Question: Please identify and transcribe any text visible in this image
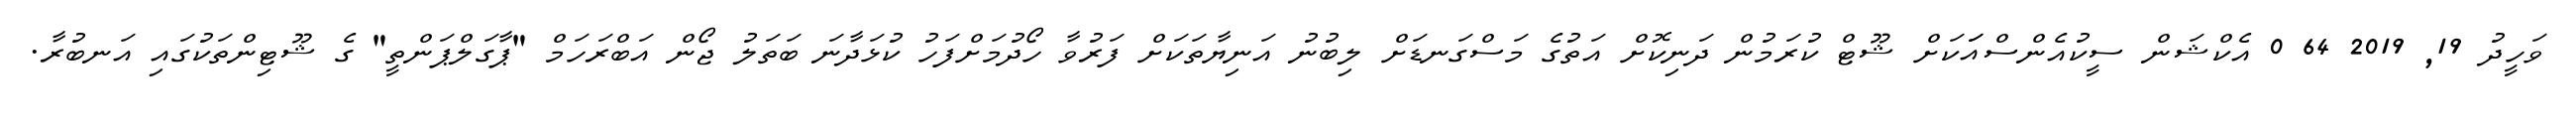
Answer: ވަހީދު 19, 2019 64 0 އެކްޝަން ސީކުއެންސްއަަކަށް ޝޫޓް ކުރަމުން ދަނިކޮށް އަތުގެ މަސްގަނޑަށް ލިބުނު އަނިޔާތަކަށް ފަރުވާ ހޯދުމަށްފަހު ކުޅަދާނަ ބަތަލު ޖޯން އަބްރަހަމް "ޕާގަލްޕަންތީ" ގެ ޝޫޓިންތަކުގައި އަނބުރާ.